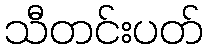
သီတင်းပတ်